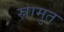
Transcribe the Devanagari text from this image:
स्रामुत